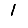
Digit: 1